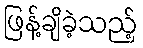
ဖြန့်ချိခဲ့သည့်